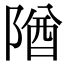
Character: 𨺧